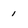
Character: 1